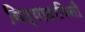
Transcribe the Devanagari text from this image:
विद्यादायिनी